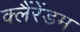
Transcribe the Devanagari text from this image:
क्लैंरेंडम